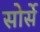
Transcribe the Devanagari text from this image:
सोर्से